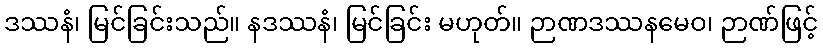
ဒဿနံ၊ မြင်ခြင်းသည်။ နဒဿနံ၊ မြင်ခြင်း မဟုတ်။ ဉာဏဒဿနမေဝ၊ ဉာဏ်ဖြင့်